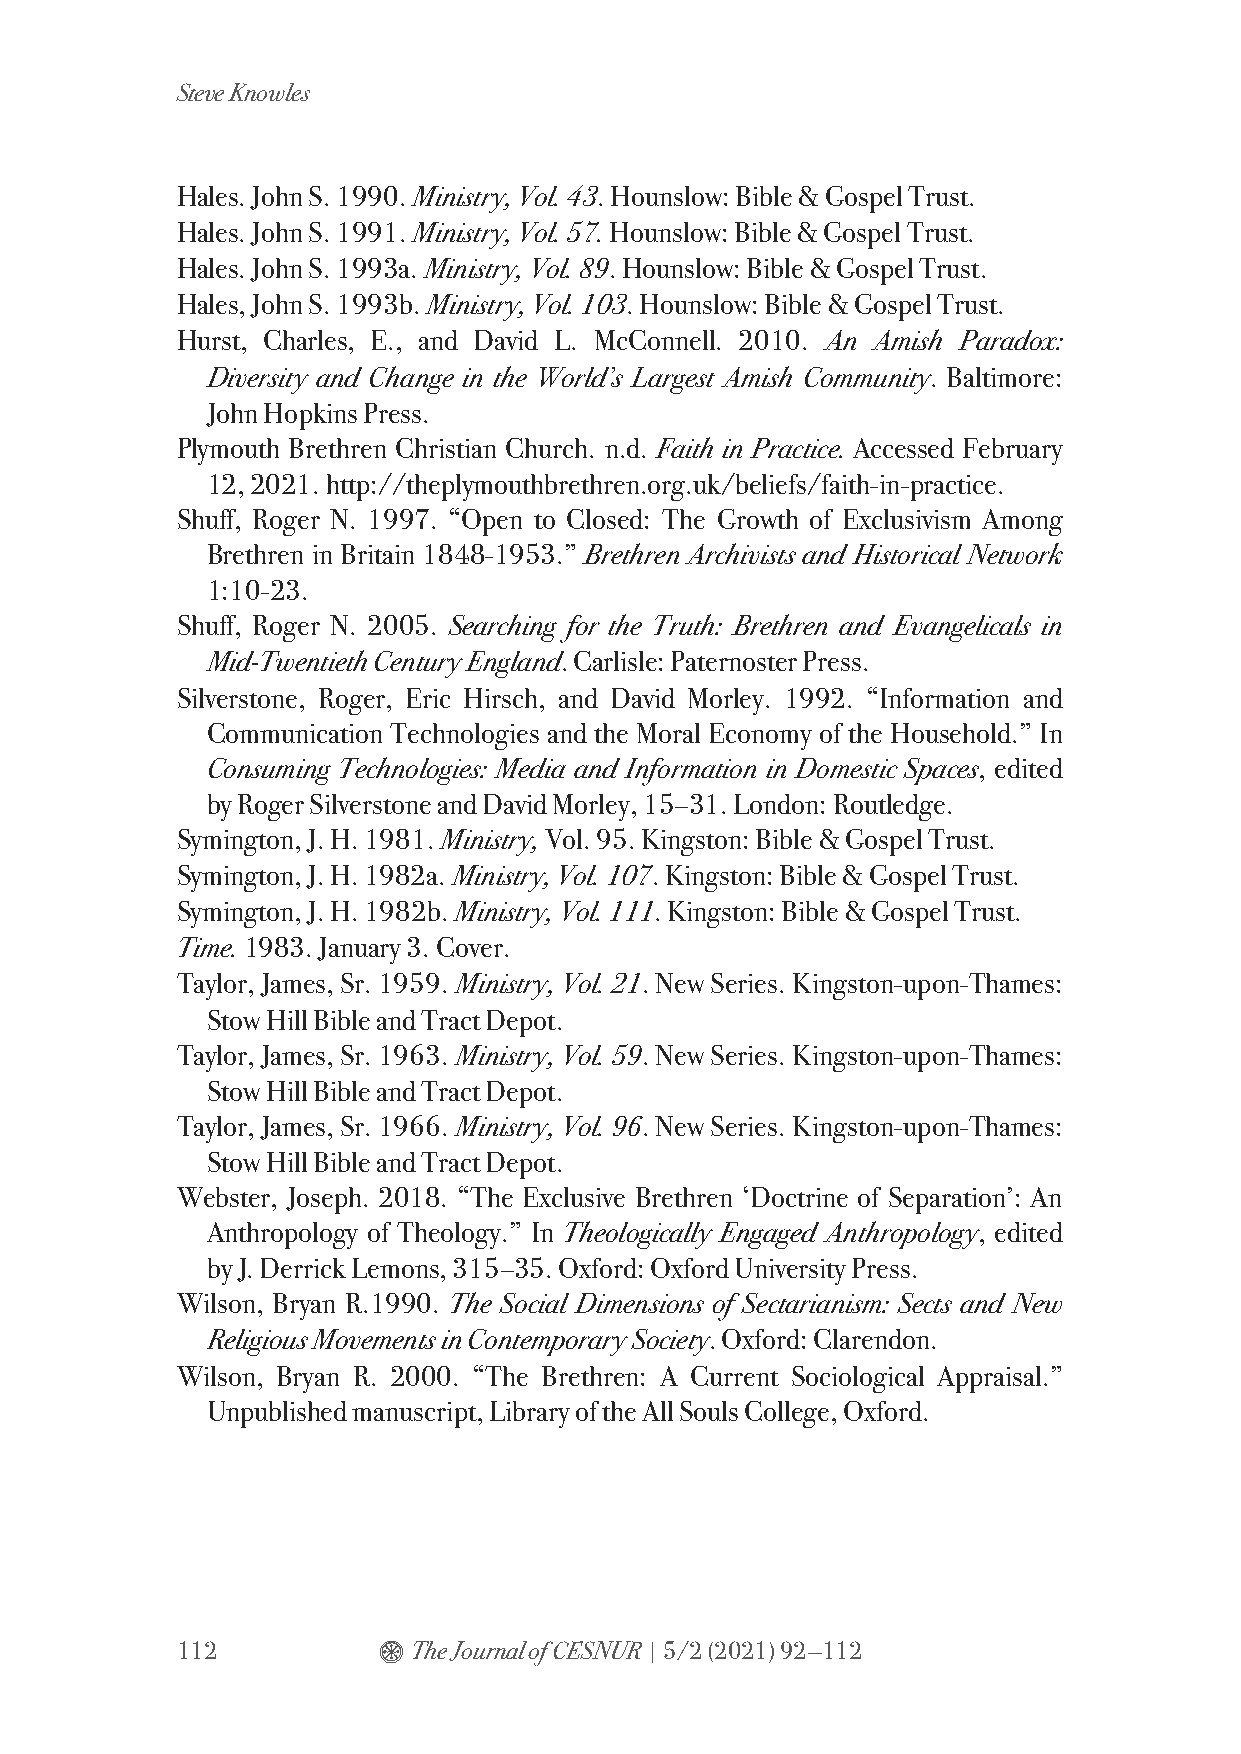
Steve Knowles
 Hales. John S. 1990. Ministry, Vol. 43. Hounslow: Bible & Gospel Trust.
 Hales. John S. 1991. Ministry, Vol. 57. Hounslow: Bible & Gospel Trust.
 Hales. John S. 1993a. Ministry, Vol. 89. Hounslow: Bible & Gospel Trust.
 Hales, John S. 1993b. Ministry, Vol. 103. Hounslow: Bible & Gospel Trust.
 Hurst, Charles, E., and David L. McConnell. 2010. An Amish Paradox:
 Diversity and Change in the World’s Largest Amish Community. Baltimore:
 John Hopkins Press.
 Plymouth Brethren Christian Church. n.d. Faith in Practice. Accessed February
 12, 2021. http://theplymouthbrethren.org.uk/beliefs/faith-in-practice.
 Shuff, Roger N. 1997. “Open to Closed: The Growth of Exclusivism Among
 Brethren in Britain 1848-1953.” Brethren Archivists and Historical Network
 1:10-23.
 Shuff, Roger N. 2005. Searching for the Truth: Brethren and Evangelicals in
 Mid-Twentieth Century England. Carlisle: Paternoster Press.
 Silverstone, Roger, Eric Hirsch, and David Morley. 1992. “Information and
 Communication Technologies and the Moral Economy of the Household.” In
 Consuming Technologies: Media and Information in Domestic Spaces, edited
 by Roger Silverstone and David Morley, 15–31. London: Routledge.
 Symington, J. H. 1981. Ministry, Vol. 95. Kingston: Bible & Gospel Trust.
 Symington, J. H. 1982a. Ministry, Vol. 107. Kingston: Bible & Gospel Trust.
 Symington, J. H. 1982b. Ministry, Vol. 111. Kingston: Bible & Gospel Trust.
 Time. 1983. January 3. Cover.
 Taylor, James, Sr. 1959. Ministry, Vol. 21. New Series. Kingston-upon-Thames:
 Stow Hill Bible and Tract Depot.
 Taylor, James, Sr. 1963. Ministry, Vol. 59. New Series. Kingston-upon-Thames:
 Stow Hill Bible and Tract Depot.
 Taylor, James, Sr. 1966. Ministry, Vol. 96. New Series. Kingston-upon-Thames:
 Stow Hill Bible and Tract Depot.
 Webster, Joseph. 2018. “The Exclusive Brethren ‘Doctrine of Separation’: An
 Anthropology of Theology.” In Theologically Engaged Anthropology, edited
 by J. Derrick Lemons, 315–35. Oxford: Oxford University Press.
 Wilson, Bryan R.1990. The Social Dimensions of Sectarianism: Sects and New
 Religious Movements in Contemporary Society. Oxford: Clarendon.
 Wilson, Bryan R. 2000. “The Brethren: A Current Sociological Appraisal.”
 Unpublished manuscript, Library of the All Souls College, Oxford.
 112          $ The Journal of CESNUR | 5/2 (2021) 92—112